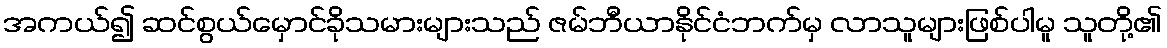
အကယ်၍ ဆင်စွယ်မှောင်ခိုသမားများသည် ဇမ်ဘီယာနိုင်ငံဘက်မှ လာသူများဖြစ်ပါမူ သူတို့၏